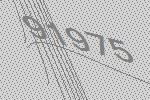
91975